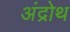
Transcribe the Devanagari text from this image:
अंद्रोथ